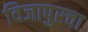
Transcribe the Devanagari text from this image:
विजापुरचा